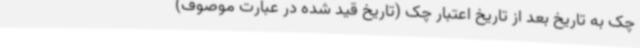
چک به تاریخ بعد از تاریخ اعتبار چک (تاریخ قید شده در عبارت موصوف)